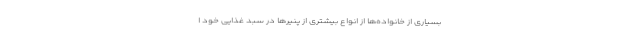
بسیاری از خانواده‌ها از انواع بیشتری از پنیرها در سبد غذایی خود ا